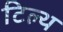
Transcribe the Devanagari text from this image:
टिल्थ